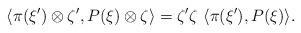
LaTeX: \begin{align*} \langle \pi(\xi') \otimes \zeta', P(\xi)\otimes \zeta \rangle =\zeta'\zeta \ \langle \pi(\xi'), P(\xi) \rangle.\end{align*}